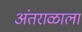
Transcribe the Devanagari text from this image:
अंतराळाला